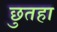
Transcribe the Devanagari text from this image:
छुतहा